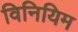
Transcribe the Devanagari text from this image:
विनियिम